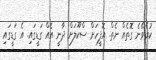
ކުރެވޭނެ ގޮތެއް ނެތް. އޮފީހަށް ސްކޫލަށް ދާނީ އެއް ގަޑީގައި. އެ ގަޑީގައި